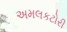
અમલકટોરી